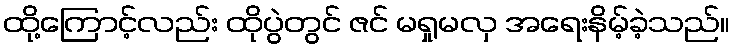
ထို့ကြောင့်လည်း ထိုပွဲတွင် ဇင် မရှုမလှ အရေးနိမ့်ခဲ့သည်။